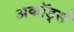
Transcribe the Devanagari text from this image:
अकॉर्ड्स